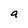
Character: a